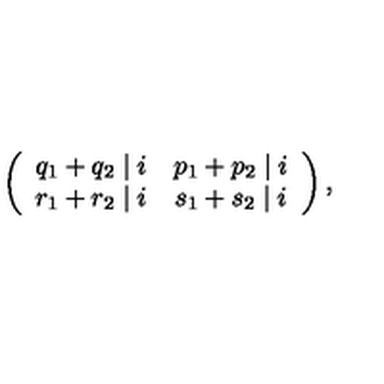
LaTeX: \left( \begin{array} { c c } { q _ { 1 } + q _ { 2 } \mid i } & { p _ { 1 } + p _ { 2 } \mid i } \\ { r _ { 1 } + r _ { 2 } \mid i } & { s _ { 1 } + s _ { 2 } \mid i } \\ \end{array} \right) ,